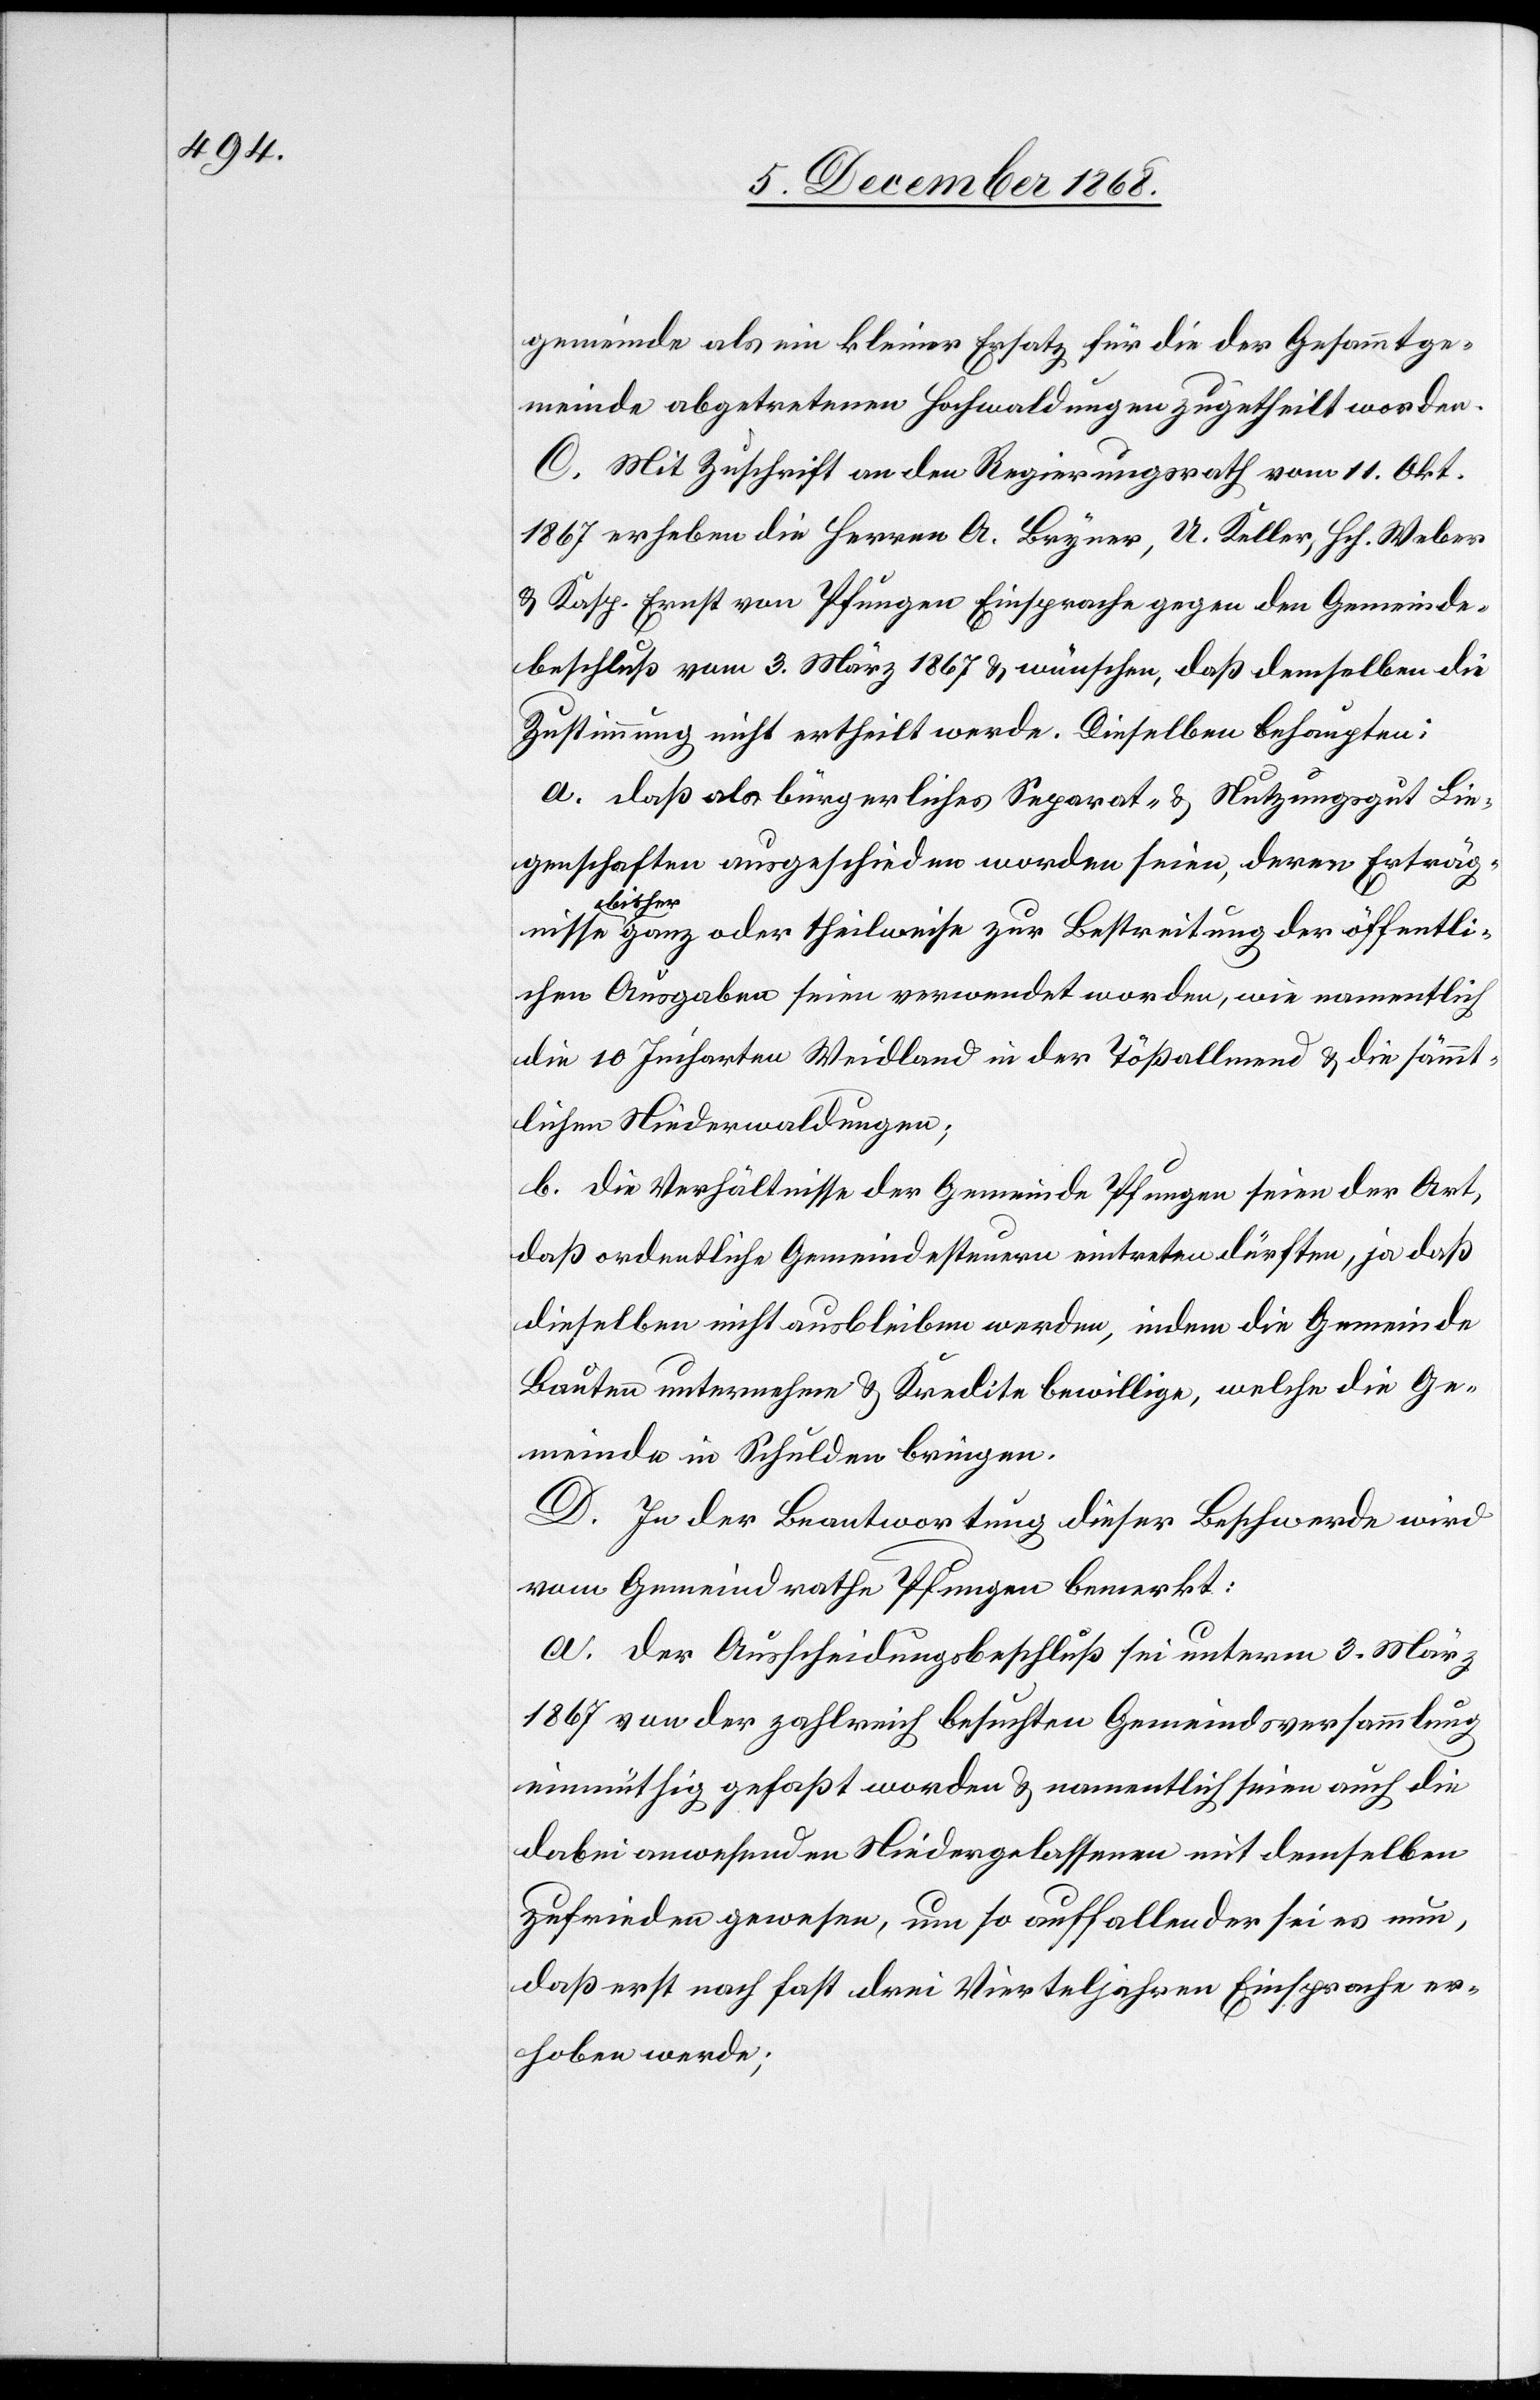
gemeinde als ein kleiner Ersatz für die der Gesammtge¬
meinde abgetretenen Hochwaldungen zugetheilt worden.
C. Mit Zuschrift an den Regierungsrath vom 11. Okt.
1867 erheben die Herren A. Bryner, U. Keller, Hch. Weber
& Kasp. Ernst von Pfungen Einsprache gegen den Gemeinde¬
beschluß vom 3. März 1867 & wünschen, daß demselben die
Zustimmung nicht ertheilt werde. Dieselben behaupten:
a. Daß als bürgerliches Separat- & Nutzungsgut Lie¬
genschaften ausgeschieden worden seien, deren Erträg¬
se b¬
isher ganz oder theilweise zur Bestreitung der öffentli¬
chen Ausgaben seien verwendet worden, wie namentlich
die 10 Jucharten Weidland in der Tößallmend & die sämmt¬
lichen Niederwaldungen;
b. Die Verhältnisse der Gemeinde Pfungen seien der Art,
daß ordentliche Gemeindesteuern eintreten dürften, ja daß
dieselben nicht ausbleiben werden, indem die Gemeinde
Bauten unternehme & Kredite bewillige, welche die Ge¬
meinde in Schulden bringen.
D. In der Beantwortung dieser Beschwerde wird
vom Gemeindrathe Pfungen bemerkt:
a. Der Ausscheidungsbeschluß sei unterm 3. März
1867 von der zahlreich besuchten Gemeindsversammlung
einmüthig gefaßt worden & namentlich seien auch die
dabei anwesenden Niedergelassenen mit demselben
zufrieden gewesen, um so auffallender sei es nun,
daß erst nach fast drei Vierteljahren Einsprache er¬
hoben werde;